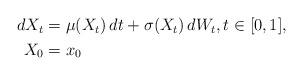
LaTeX: \begin{align*}\begin{aligned}dX_t & = \mu(X_t) \, dt + \sigma(X_t) \, dW_t, t\in [0,1],\\X_0 & = x_0\end{aligned}\end{align*}